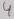
Text: 4